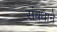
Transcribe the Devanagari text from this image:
संबधाने